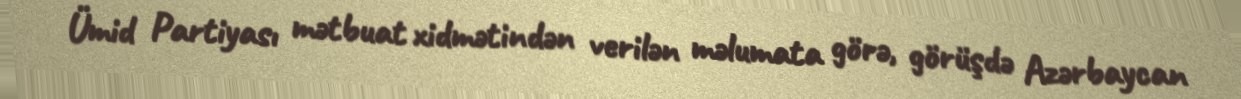
Ümid Partiyası mətbuat xidmətindən verilən məlumata görə, görüşdə Azərbaycan